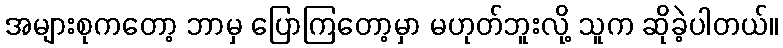
အများစုကတော့ ဘာမှ ပြောကြတော့မှာ မဟုတ်ဘူးလို့ သူက ဆိုခဲ့ပါတယ်။